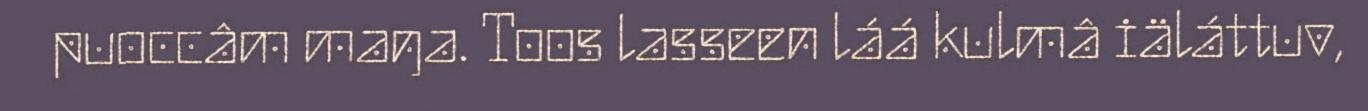
puoccâm maŋa. Toos lasseen láá kulmâ iäláttuv,